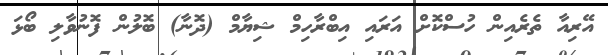
އޭރިއާ ތެރެއިން ހުސްކޮށް އަރައި އިބްރާހިމް ޝިޔާމް (ދޮނާ) ބޮލުން ފޮނުވާލި ބޯޅަ